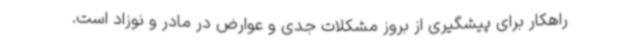
راهکار برای پیشگیری از بروز مشکلات جدی و عوارض در مادر و نوزاد است.